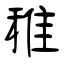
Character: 稚